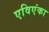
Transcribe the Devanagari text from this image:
एविएंका